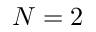
N = 2